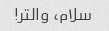
سلام، والتر!